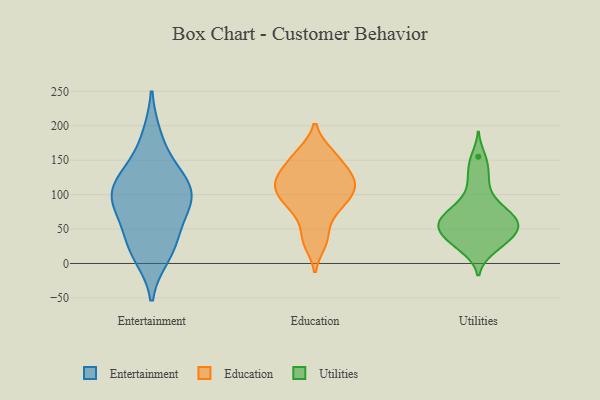
{"axis": {"x": "Energy Usage (MWh)", "y": "Value"}, "legend": ["Education", "Entertainment", "Utilities"], "data": [{"x": "", "y": 120, "type": "Entertainment"}, {"x": "", "y": 13, "type": "Entertainment"}, {"x": "", "y": 83, "type": "Entertainment"}, {"x": "", "y": 114, "type": "Entertainment"}, {"x": "", "y": 183, "type": "Entertainment"}, {"x": "", "y": 30, "type": "Entertainment"}, {"x": "", "y": 97, "type": "Entertainment"}, {"x": "", "y": 75, "type": "Entertainment"}, {"x": "", "y": 29, "type": "Entertainment"}, {"x": "", "y": 96, "type": "Entertainment"}, {"x": "", "y": 136, "type": "Entertainment"}, {"x": "", "y": 106, "type": "Education"}, {"x": "", "y": 38, "type": "Education"}, {"x": "", "y": 145, "type": "Education"}, {"x": "", "y": 124, "type": "Education"}, {"x": "", "y": 83, "type": "Education"}, {"x": "", "y": 161, "type": "Education"}, {"x": "", "y": 68, "type": "Education"}, {"x": "", "y": 106, "type": "Education"}, {"x": "", "y": 132, "type": "Education"}, {"x": "", "y": 89, "type": "Education"}, {"x": "", "y": 29, "type": "Education"}, {"x": "", "y": 120, "type": "Education"}, {"x": "", "y": 123, "type": "Education"}, {"x": "", "y": 98, "type": "Education"}, {"x": "", "y": 161, "type": "Education"}, {"x": "", "y": 72, "type": "Utilities"}, {"x": "", "y": 76, "type": "Utilities"}, {"x": "", "y": 85, "type": "Utilities"}, {"x": "", "y": 107, "type": "Utilities"}, {"x": "", "y": 55, "type": "Utilities"}, {"x": "", "y": 21, "type": "Utilities"}, {"x": "", "y": 155, "type": "Utilities"}, {"x": "", "y": 59, "type": "Utilities"}, {"x": "", "y": 37, "type": "Utilities"}, {"x": "", "y": 60, "type": "Utilities"}, {"x": "", "y": 52, "type": "Utilities"}, {"x": "", "y": 54, "type": "Utilities"}, {"x": "", "y": 63, "type": "Utilities"}, {"x": "", "y": 40, "type": "Utilities"}, {"x": "", "y": 32, "type": "Utilities"}, {"x": "", "y": 140, "type": "Utilities"}, {"x": "", "y": 82, "type": "Utilities"}, {"x": "", "y": 43, "type": "Utilities"}, {"x": "", "y": 19, "type": "Utilities"}, {"x": "", "y": 123, "type": "Utilities"}]}